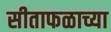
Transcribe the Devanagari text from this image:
सीताफळाच्या